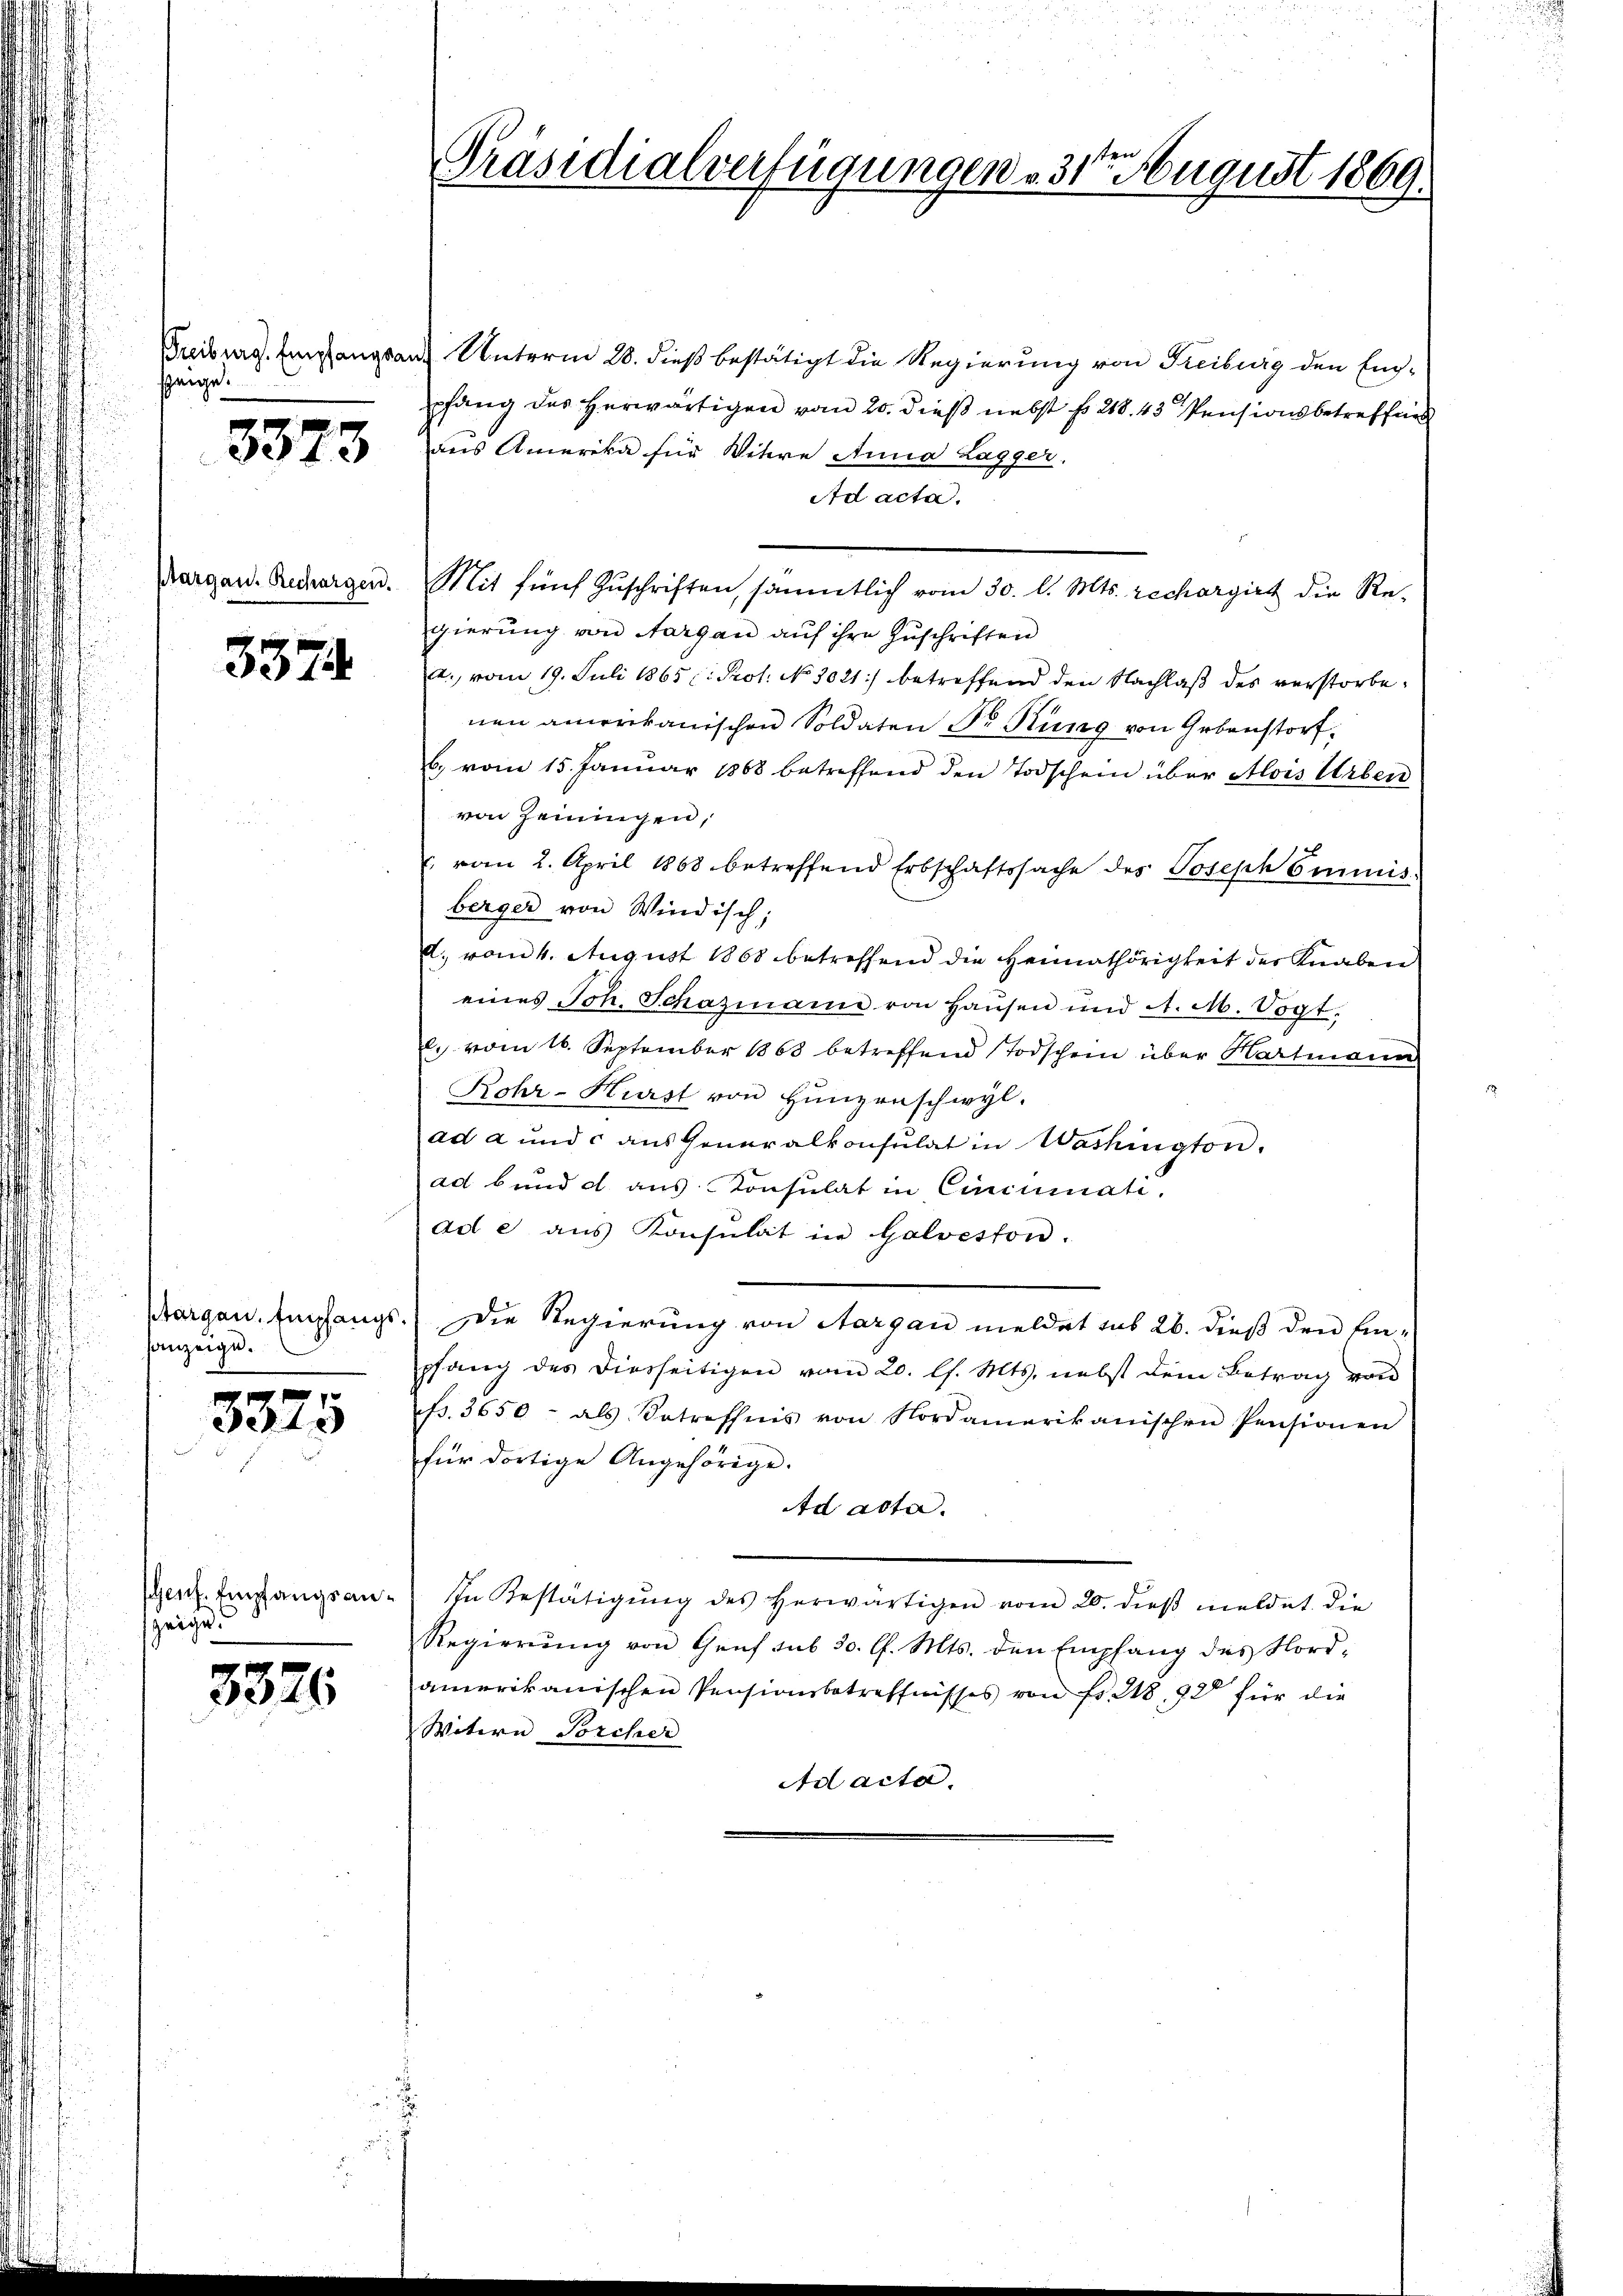
szeige.

3373

3374

sanzeige.

3375

Genf Empfangsanzeige.

3326

Freiburg. Empfangsant Unterm 28. dieß bestätigt die Regierung von Freiburg den Engpfang des herwärtigen vom 20. dieß nebst fr. 218. 43 Pensionsbetreffens
aus Amerika für Witere Anna Lagger.
Ad acta.
Margan. Rechargen. Mit fünf Zŭschriften, sämmtlich vom 30. d. Mts. rechargirt die Re-
gierung von Aargau auf ihre Zuschriften
A., vom 19. Juli 1865 : Prot. No 3021) betreffend den Nachlaß des verstorbenen amerikanischen Soldaten Dr. Küng von Gebenstorf
b) vom 15. Januar 1868 betreffend den Todschein über Alois Urben
von Zeiningen,
 vom 2. April 1868 betreffend Erbschaftssache des Joseph Camis
berger von Windisch;
d. vom 4. August 1868 betreffend die Heimathörigkeit der Knaben
eines Joh. Schazmann von Haŭsen und A. M. Vogt.
l. vom 16. September 1863 betreffend Todschein über Hartmann
Rohr-Hürst von Hunzenschwyl.
ad a und c ans Generalkonsulat in Washington.
ad bund d aus Konsulat in Cincumati.
ad e. aus Konsulat in Galveston.
Margau. Empfangs. Die Regierung von Aargau meldet das 26. dieß den Ein-
pfang des diesseitigen vom 20. ls. Mts. nebst dem Betrag von
p. 3650 - als Betreffnis von Nordamerikanischen Pensionen
für dortige Angehörige.
Ad acta.
In Bestätigŭng des herwärtigen vom 20. dieβ meldet die
Regierung von Genf sub 30. l. Mts. den Empfang des Nordamerikanischen Pensionsbetreffnisses von Fr. 218, 42 für die
Witern Torcher
Ad acta.

Präsidialverfügungen 31ten August 1869.